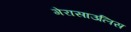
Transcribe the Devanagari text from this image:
गेरासाउलिस